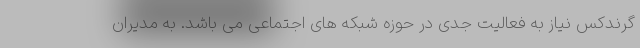
گرندکس نیاز به فعالیت جدی در حوزه شبکه های اجتماعی می باشد. به مدیران